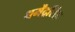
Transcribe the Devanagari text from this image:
धर्मेंद्रसिंह